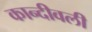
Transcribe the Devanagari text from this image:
कान्दीवली